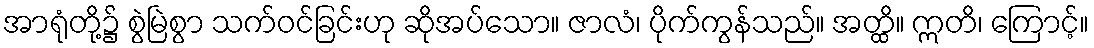
အာရုံတို့၌ စွဲမြဲစွာ သက်ဝင်ခြင်းဟု ဆိုအပ်သော။ ဇာလံ၊ ပိုက်ကွန်သည်။ အတ္ထိ။ ဣတိ၊ ကြောင့်။